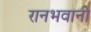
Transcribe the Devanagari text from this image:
रानभवानी